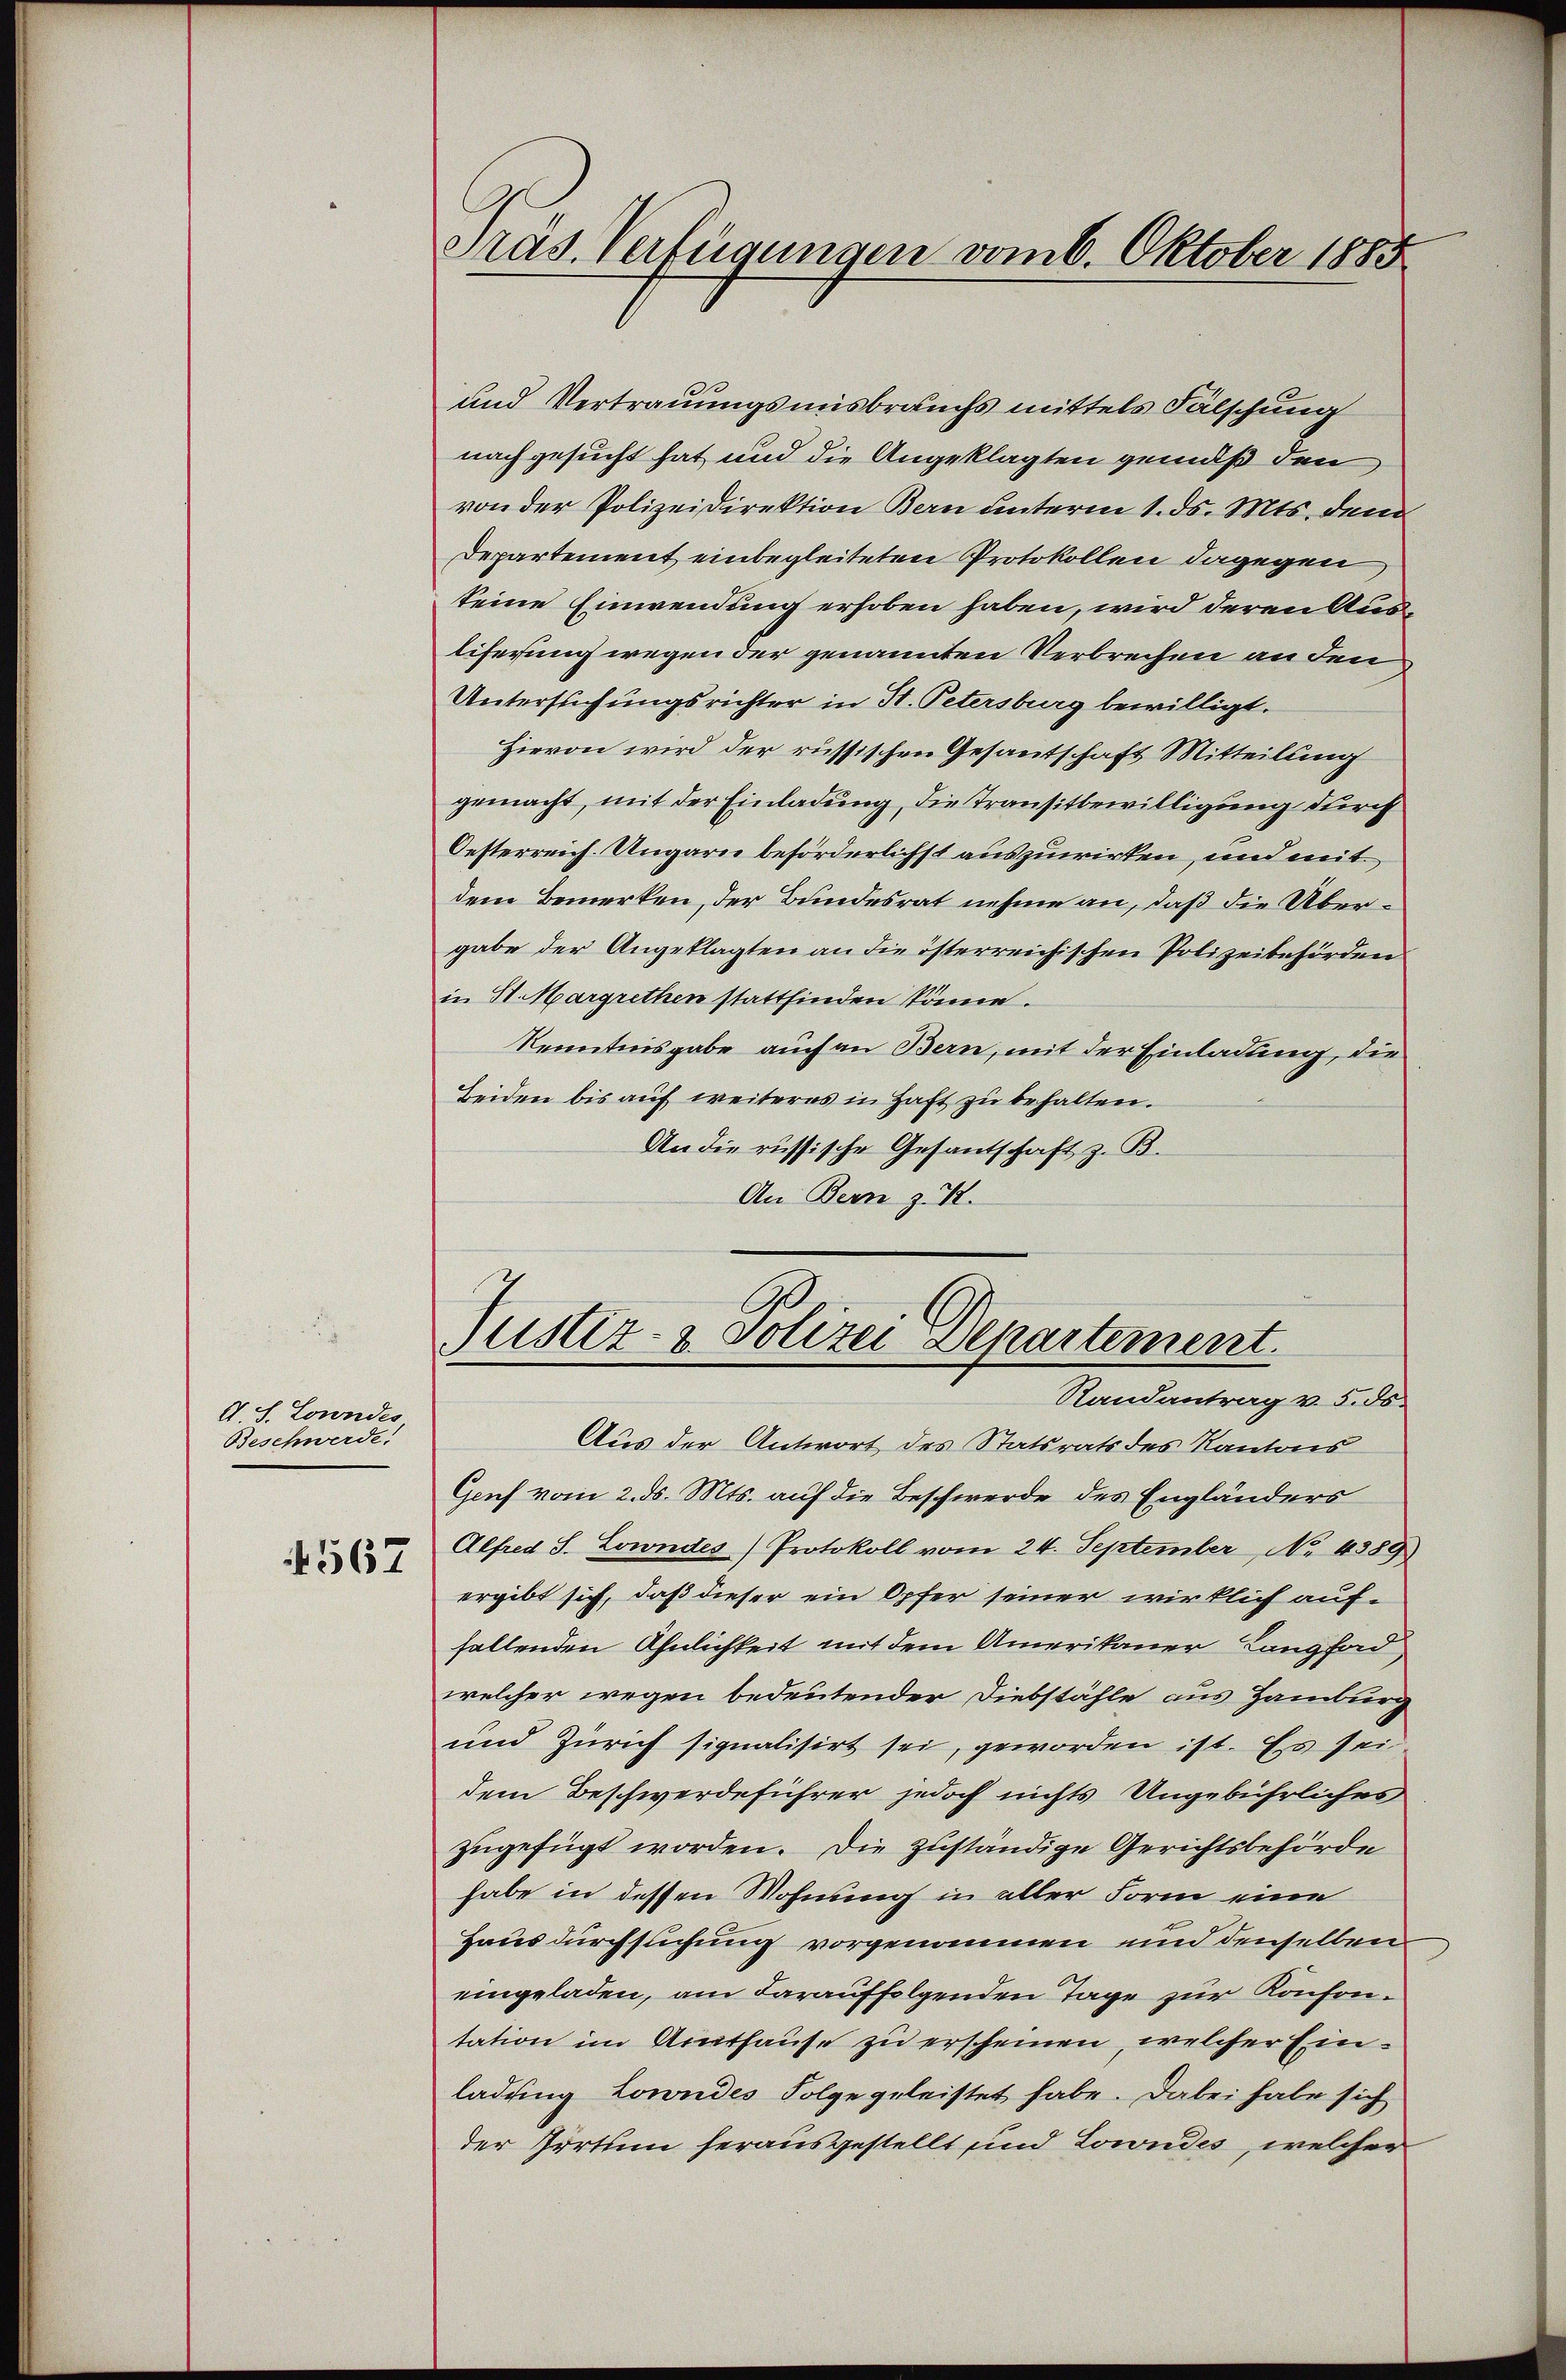
A. S. Loundes
Beschwerde.

4567

Präs. Verfügungen vom 6. Oktober 1885

und Vertrauungsmisbrauchs mittels Fälschung
nachgesucht hat und die Angeklagten gemäß den
von der Polizeidirektion Bern unterm 1. ds. Mts. dem
Departement einbegleiteten Protokollen dagegen
keine Einwendung erhoben haben, wird deren Ausliferung wegen der genannten Verbrechen an den
Untersuchungsrichter in St. Petersburg bewilligt.
Hievon wird der russischen Gesantschaft Mitteilung
gemacht, mit der Einladung, die Transitbewilligung durch
Oesterreich. Ungarn beförderlichst auszuwirken, und mit
dem Bemerken, der Bundesrat nehme an, daß die Übergabe der Angeklagten an die österreichischen Polizeibehörden
in St. Margrethen stattfinden könne.
Kenntnisgabe, auch an Bern, mit der Einladung, die
Beiden bis auf weiteres in Haft zu behalten.
An die russische Gesantschaft z. B.
An Bern z. B.
Justiz- & Polizei Departement.
Randantrag v. 5. ds.
Aus der Antwort des Statsrats des Kantons
Genf vom 2. ds. Mts. auf die Beschwerde des Engländers
Alfred S. Lowndes Protokoll vom 24. September No. 4389
ergibt sich, daß dieser ein Opfer seiner wirklich auffallenden Ähnlichkeit mit dem Amerikaner Langford
welcher wegen bedeutender Diebstähle aus Hamburg
und Zürich signalisirt sei, geworden ist. Es sei
dem Beschwerdeführer jedoch nichts Ungebührliches
zugefügt worden. Die zuständige Gerichtsbehörde
habe in dessen Wohnung in aller Form eine
Hausdurchsuchung vorgenommen und denselben
eingeladen, am darauffolgenden Tage zur Konsontation im Aruthause zu erscheinen, welcher Einladung Lowndes Folge geleistet habe. Dabei habe sich
der Irrtum herausgestellt und Lowndes, welcher